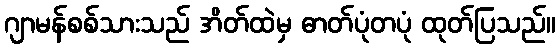
ဂျာမန်စစ်သားသည် အိတ်ထဲမှ ဓာတ်ပုံတပုံ ထုတ်ပြသည်။